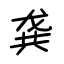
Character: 龚